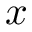
\boldsymbol { x }